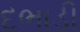
દભાડી